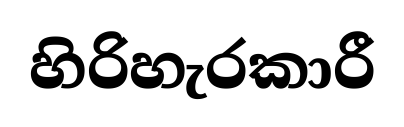
හිරිහැරකාරී